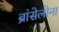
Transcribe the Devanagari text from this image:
ब्रांसेलोना